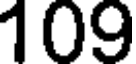
109